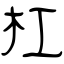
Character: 杠